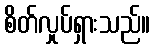
စိတ်လှုပ်ရှားသည်။